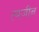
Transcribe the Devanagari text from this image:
त्यजीन